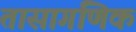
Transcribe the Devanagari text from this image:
तासागणिक